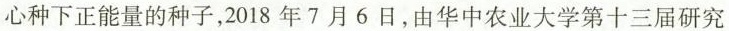
内心种下正能量的种子，2018年7月6日，由华中农业大学第十三届研究